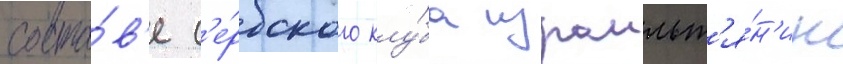
соста́в'е с'е́рбского клу́ба израильт'я́н'ин